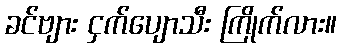
ခင်ဗျား ငှက်ပျောသီး ကြိုက်လား။